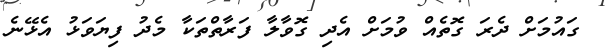
ގައުމަށް ދެރަ ގޮތެއް ވުމަށް އެދި ގޮވާލާ ފަރާތްތަކާ މެދު ފިޔަވަޅު އެޅޭނެ